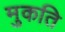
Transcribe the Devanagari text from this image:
मुकति